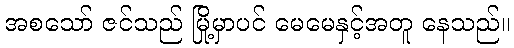
အစသော် ဇင်သည် မြို့မှာပင် မေမေနှင့်အတူ နေသည်။